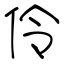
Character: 伶